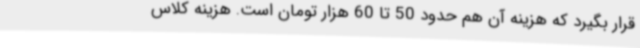
قرار بگیرد که هزینه آن هم حدود 50 تا 60 هزار تومان است. هزینه کلاس